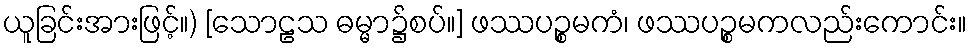
ယူခြင်းအားဖြင့်။) [သောဠသ ဓမ္မာ၌စပ်။] ဖဿပဉ္စမကံ၊ ဖဿပဉ္စမကလည်းကောင်း။